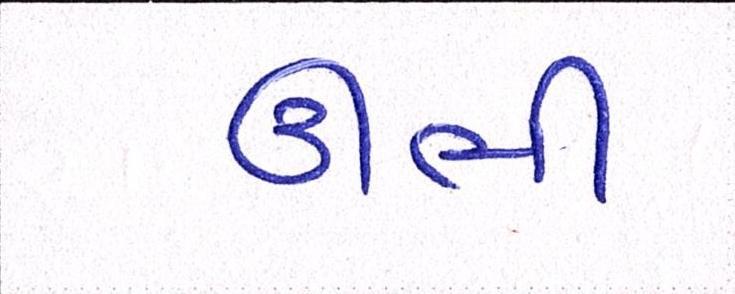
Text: ઊભી